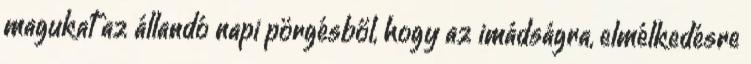
magukat az állandó napi pörgésből, hogy az imádságra, elmélkedésre